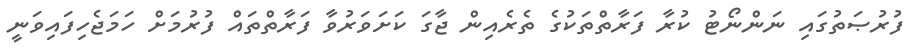
ފުރުޞަތުގައި ނަންނޯޓު ކުރާ ފަރާތްތަކުގެ ތެރެއިން ޖާގަ ކަށަވަރުވާ ފަރާތްތައް ފުރުމަށް ހަމަޖެހިފައިވަނީ